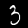
Label: 3